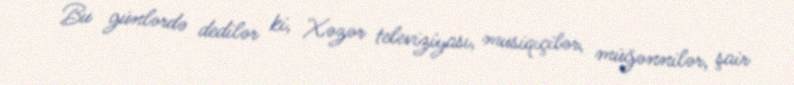
Bu günlərdə dedilər ki, Xəzər televiziyası, musiqiçilər, müğənnilər, şair